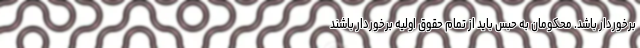
برخوردار باشد. محکومان به حبس باید از تمام حقوق اولیه برخوردار باشند